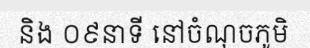
និង ០៩នាទី នៅចំណុចភូមិ